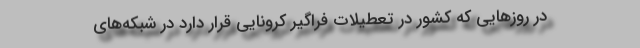
در روزهایی که کشور در تعطیلات فراگیر کرونایی قرار دارد در شبکه‌های